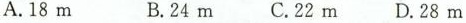
A.18m B.24m C.22m D.28m